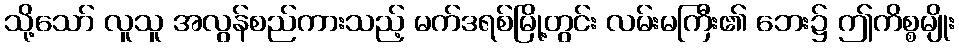
သို့သော် လူသူ အလွန်စည်ကားသည့် မက်ဒရစ်မြို့တွင်း လမ်းမကြီး၏ ဘေး၌ ဤကိစ္စမျိုး